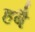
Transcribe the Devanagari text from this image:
हबै